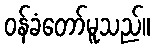
ဝန်ခံတော်မူသည်။